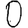
Digit: 0